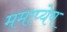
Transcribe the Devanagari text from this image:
ममाप्येष